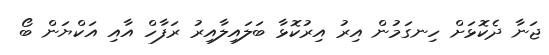
ޖަނާ ދެކޮޅަށް ހިނގަމުން އިރު އިރުކޮޅާ ބަލައިލާއިރު ރަފާހް އާއި އަކްޔަން ބޯ